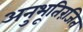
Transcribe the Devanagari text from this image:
अनुभूतिरंजित